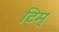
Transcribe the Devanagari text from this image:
टिम्‌